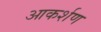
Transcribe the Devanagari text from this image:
आकर्शण